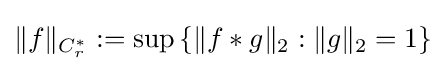
\|f\|_{C_{r}^{*}}:=\sup \left\{\|f*g\|_{2}:\|g\|_{2}=1\right\}